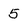
Character: 5